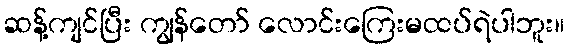
ဆန့်ကျင်ပြီး ကျွန်တော် လောင်းကြေးမထပ်ရဲပါဘူး။